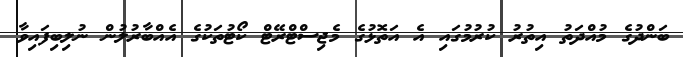
ބަންދުގެ މުއްދަތު އިތުރު ކުރުމުގައި އެ އަތޮޅުގެ މެޖިސްޓްރޭޓް ކޯޓުތަކުގެ އެއްބާރުލުން ނުލިބިފައިވާ